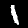
Label: 1